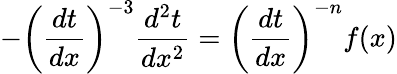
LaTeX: -\left({\frac{dt}{dx}}\right)^{-3}{\frac{d^{2}t}{dx^{2}}}=\left({\frac{dt}{dx}}\right)^{-n}f(x)